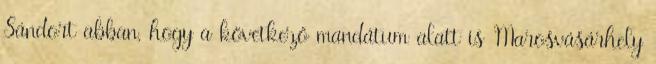
Sándort abban, hogy a következő mandátum alatt is Marosvásárhely